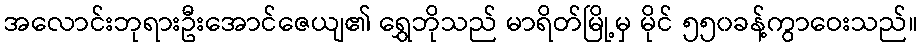
အလောင်းဘုရားဦးအောင်ဇေယျ၏ ရွှေဘိုသည် မာရိတ်မြို့မှ မိုင် ၅၅၀ခန့်ကွာဝေးသည်။